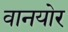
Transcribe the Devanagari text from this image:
वानयोर